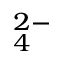
_ 4 ^ { 2 - }